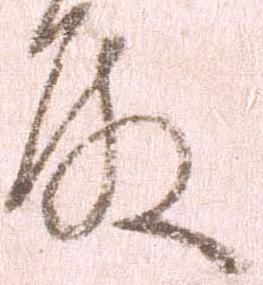
殿